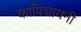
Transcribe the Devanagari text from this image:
कापिशायनी